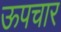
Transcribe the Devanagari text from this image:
ऊपचार